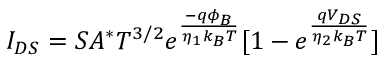
I _ { D S } = S A ^ { * } T ^ { 3 / 2 } e ^ { \frac { - q \phi _ { B } } { \eta _ { 1 } k _ { B } T } } [ 1 - e ^ { \frac { q V _ { D S } } { \eta _ { 2 } k _ { B } T } } ]